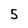
Character: 5